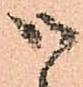
候